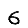
Digit: 6